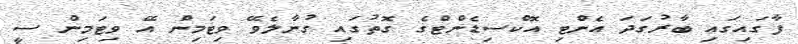
ފާގައިގައި ބާރުގަދަ އެންޓި އޮކްސިޑެންޓްގެ ގޮތުގައި ގުނާލެވޭ ވިޓަމިން އޭ ވިޓަމިން ސީ